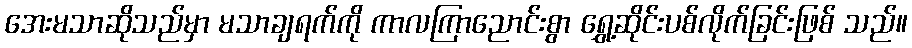
အေးမသာဆိုသည်မှာ မသာချရက်ကို ကာလကြာညောင်းစွာ ရွှေ့ဆိုင်းပစ်လိုက်ခြင်းဖြစ် သည်။